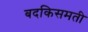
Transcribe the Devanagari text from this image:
बदकिसमती